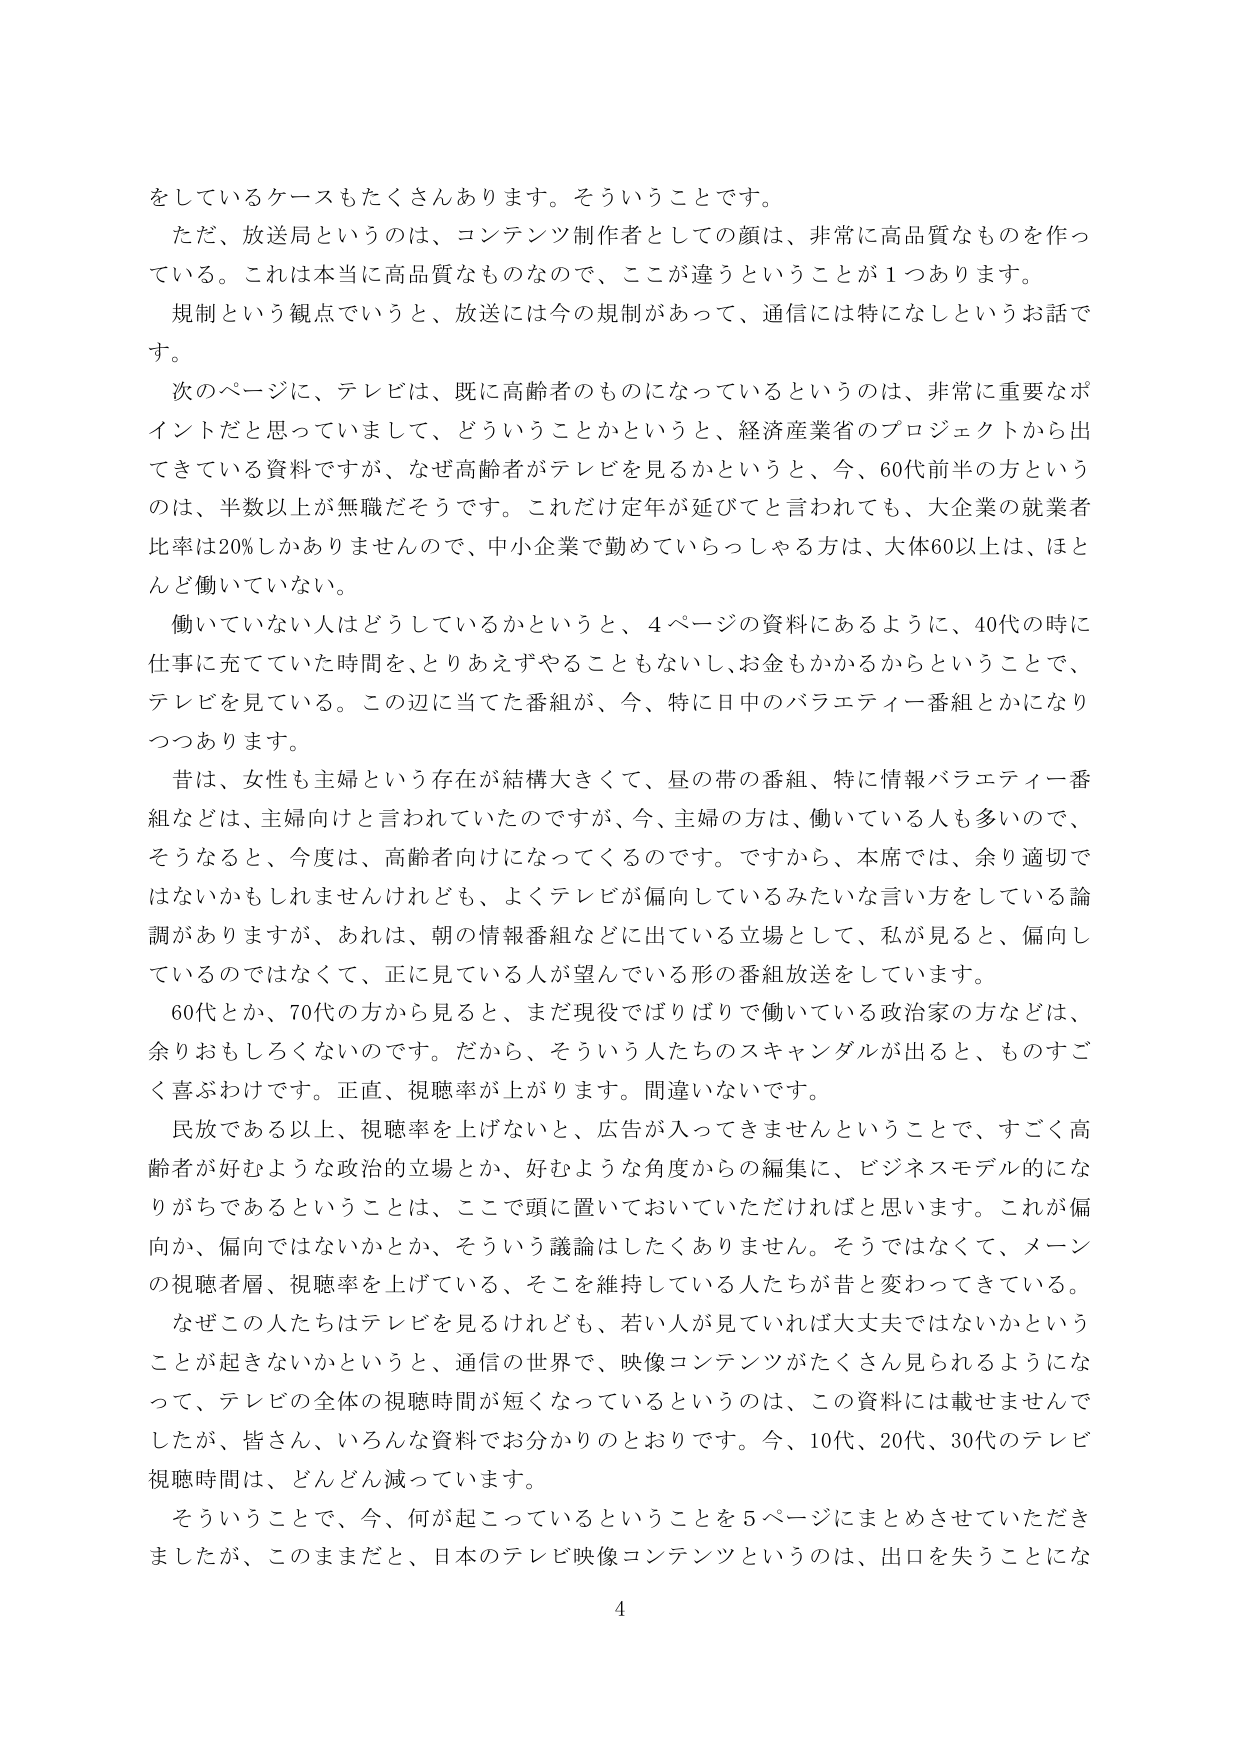
をしているケースもたくさんあります。そういうことです。
ただ、放送局というのは、コンテンツ制作者としての顔は、非常に高品質なものを作っている。これは本当に高品質なものなので、ここが違うということが１つあります。
規制という観点でいうと、放送には今の規制があって、通信には特になしというお話です。
次のページに、テレビは、既に高齢者のものになっているというのは、非常に重要なポイントだと思っていまして、どういうことかというと、経済産業省のプロジェクトから出てきている資料ですが、なぜ高齢者がテレビを見るかというと、今、60代前半の方というのは、半数以上が無職だそうです。これだけ定年が延びてと言われても、大企業の就業者比率は20％しかありませんので、中小企業で勤めていらっしゃる方は、大体60以上は、ほとんど働いていない。
働いていない人はどうしているかというと、4ページの資料にあるように、40代の時に仕事に充てていた時間を、とりあえずやることもないし、お金もかかるからということで、テレビを見ている。この辺に当てた番組が、今、特に日中のバラエティー番組とかになりつつあります。
昔は、女性も主婦という存在が結構大きくて、昼の帯の番組、特に情報バラエティー番組などは、主婦向けと言われていたのですが、今、主婦の方は、働いている人も多いので、そうなると、今度は、高齢者向けになってくるのです。ですから、本席では、余り適切ではないかもしれませんが、よくテレビが偏向しているみたいな言い方をしている論調がありますが、あれは、朝の情報番組などに出てている立場として、私が見ると、偏向しているのではなくて、正に見ている人が望んでいる形の番組放送をしています。
60代とか、70代の方から見ると、まだ現役でばりばりで働いている政治家の方などは、余りおもしろくないのです。だから、そういう人たちのスキャンダルが出ると、ものすごく喜ぶわけです。正直、視聴率が上がります。間違いないです。
民放である以上、視聴率を上げないと、広告が入ってきませんということで、すごく高齢者が好むような政治的立場とか、好むような角度からの編集に、ビジネスモデル的になりがちであるということは、ここで頭に置いておいていただければと思います。これが偏向か、偏向ではないかとか、そういう議論はしたくありません。そうではなくて、メーンの視聴者層、視聴率を上げている、そこを維持している人たちが昔と変わってきたている。
なぜこの人たちはテレビを見るけれども、若い人が見ていれば大丈夫ではないかということが起きないかというと、通信の世界で、映像コンテンツがたくさん見られるようになって、テレビの全体の視聴時間が短くなっているというのは、この資料には載せませんでしたが、皆さん、いろんな資料でお分かりのとおりです。今、10代、20代、30代のテレビ視聴時間は、どんどん減っています。
そういうことで、今、何が起こっているということを5ページにまとめさせていただきましたが、このままだと、日本のテレビ映像コンテンツというのは、出口を失うことにな
4